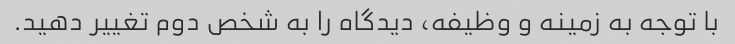
با توجه به زمینه و وظیفه، دیدگاه را به شخص دوم تغییر دهید.